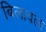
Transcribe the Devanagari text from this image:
बिलावला